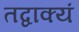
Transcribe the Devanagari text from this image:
तद्वाक्यं